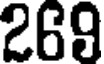
269